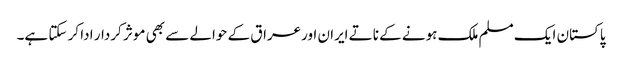
پاکستان ایک مسلم ملک ہونے کے ناتے ایران اورعراق کے حوالے سے بھی موثر کردار ادا کر سکتا ہے۔